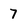
Character: 7